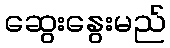
ဆွေးနွေးမည်